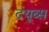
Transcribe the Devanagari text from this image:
टयूब्स